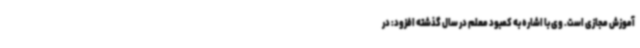
آموزش مجازی است. وی با اشاره به کمبود معلم در سال گذشته افزود: در